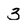
Character: 3